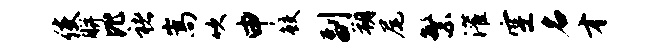
使胼比褚嵩吹申鲛副朔尾繁灌空名才